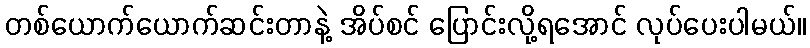
တစ်ယောက်ယောက်ဆင်းတာနဲ့ အိပ်စင် ပြောင်းလို့ရအောင် လုပ်ပေးပါမယ်။